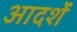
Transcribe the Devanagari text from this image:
आदर्शें